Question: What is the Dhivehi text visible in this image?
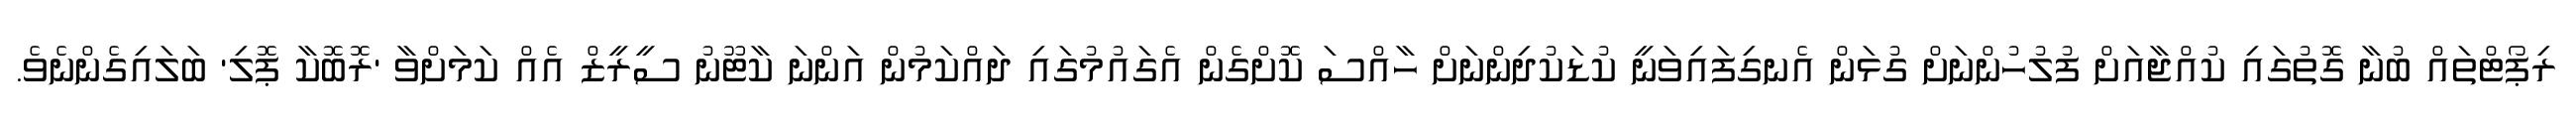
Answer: ރިޕޯޓްތައް ބުނާ ގޮތުގައި ކުއްޖާއަށް ފުލުހުންނަށް ގުޅަން އެނގިފައިވަނީ ކުޑަކުދިންނަށް ހާއްސަ ކޮށްގެން އެގައުމުގައި ދައްކަމުން އަންނަ ކާޓޫނު ސީރީޒް އެއް ކަމަށްވާ 'ރޮބޮކާ ޕޮލި' ބަލައިގެންނެވެ.